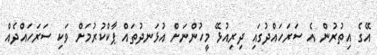
އޭގެ އިތުރުން އެ ސަރަހައްދުގައި ދިރިއުޅޭ މީހުންނަށް އުޅަނދުތައް ޕާކްކުރުމަށް ވަކި ސަރަހައްދެއް